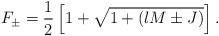
LaTeX: \begin{align*}F_{\pm} = \frac{1}{2} \left[ 1 + \sqrt{ 1 + (lM \pm J)} \right].\end{align*}